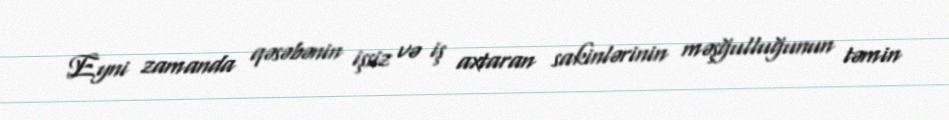
Eyni zamanda qəsəbənin işsiz və iş axtaran sakinlərinin məşğulluğunun təmin